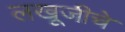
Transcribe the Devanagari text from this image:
लखूजीचे